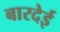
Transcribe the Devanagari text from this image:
बारदेई